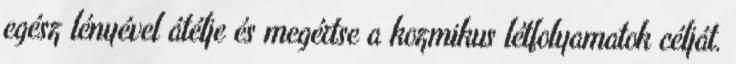
egész lényével átélje és megértse a kozmikus létfolyamatok célját.